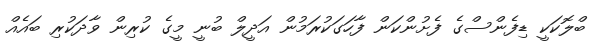
ބްލޮކަކީ ޑިފެންސްގެ ފެށުންކަން ފާހަގަކުރަމުން އަދީލް ބުނީ މީގެ ކުރިން ވާދަކުރި ބައެއް